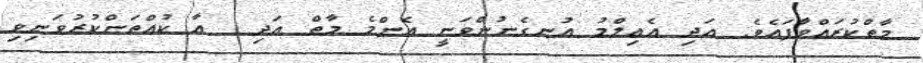
މާތްކުރައްވާފައެވެ. އަދި އެޢިލްމު އުނގެނުންވަނީ އެންމެ މާތް އަދި  އާ ކުއްތަންކުރުވަނިވި